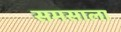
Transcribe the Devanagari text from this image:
समसाला